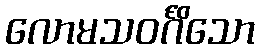
လောမသဝင်္ဂိသော